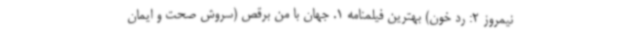
نیمروز 2: رد خون) بهترین فیلمنامه 1. جهان با من برقص (سروش صحت و ایمان